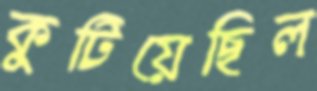
কুটিয়েছিল